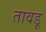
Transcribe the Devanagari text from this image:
तावड़ू